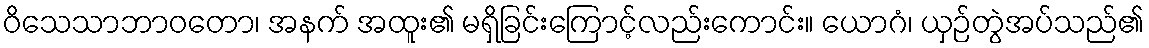
ဝိသေသာဘာဝတော၊ အနက် အထူး၏ မရှိခြင်းကြောင့်လည်းကောင်း။ ယောဂံ၊ ယှဉ်တွဲအပ်သည်၏